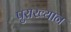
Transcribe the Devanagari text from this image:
पुराख्यान